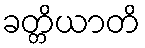
ခတ္တိယာတိ